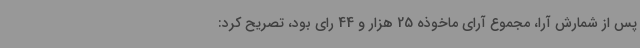
پس از شمارش آرا، مجموع آرای ماخوذه 25 هزار و 44 رای بود، تصریح کرد: